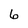
Character: 6